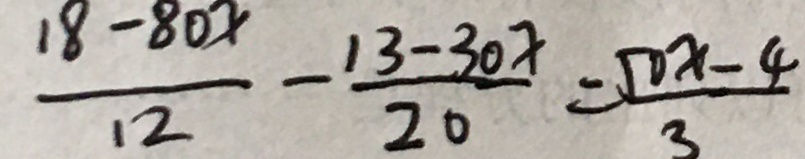
\frac { 1 8 - 8 0 x } { 1 2 } - \frac { 1 3 - 3 0 x } { 2 0 } = \frac { 5 0 x - 4 } { 3 }